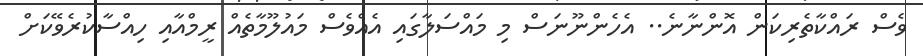
ވެސް ރައްކާތެރިކަން އޮންނާނެ.. އެހެންނޫނަސް މި މައްސަލާގައި އެއްވެސް މައުލޫމާތެއް ރީމްއާއި ހިއްސާކުރެވޭކަށް